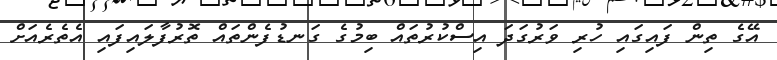
އޭގެ ތިން ފައިގައި ހުރި ވަރުގަދަ އިސްކުރުތައް ބިމުގެ ގަނޑުފެންތައް ތޮރުފާލައިފައި އެތެރެއަށް